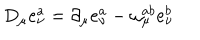
D _ { \mu } e _ { \nu } ^ { a } = \partial _ { \mu } e _ { \nu } ^ { a } - \omega _ { \mu } ^ { a b } e _ { \nu } ^ { b }